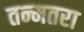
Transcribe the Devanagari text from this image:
तन्मतरा